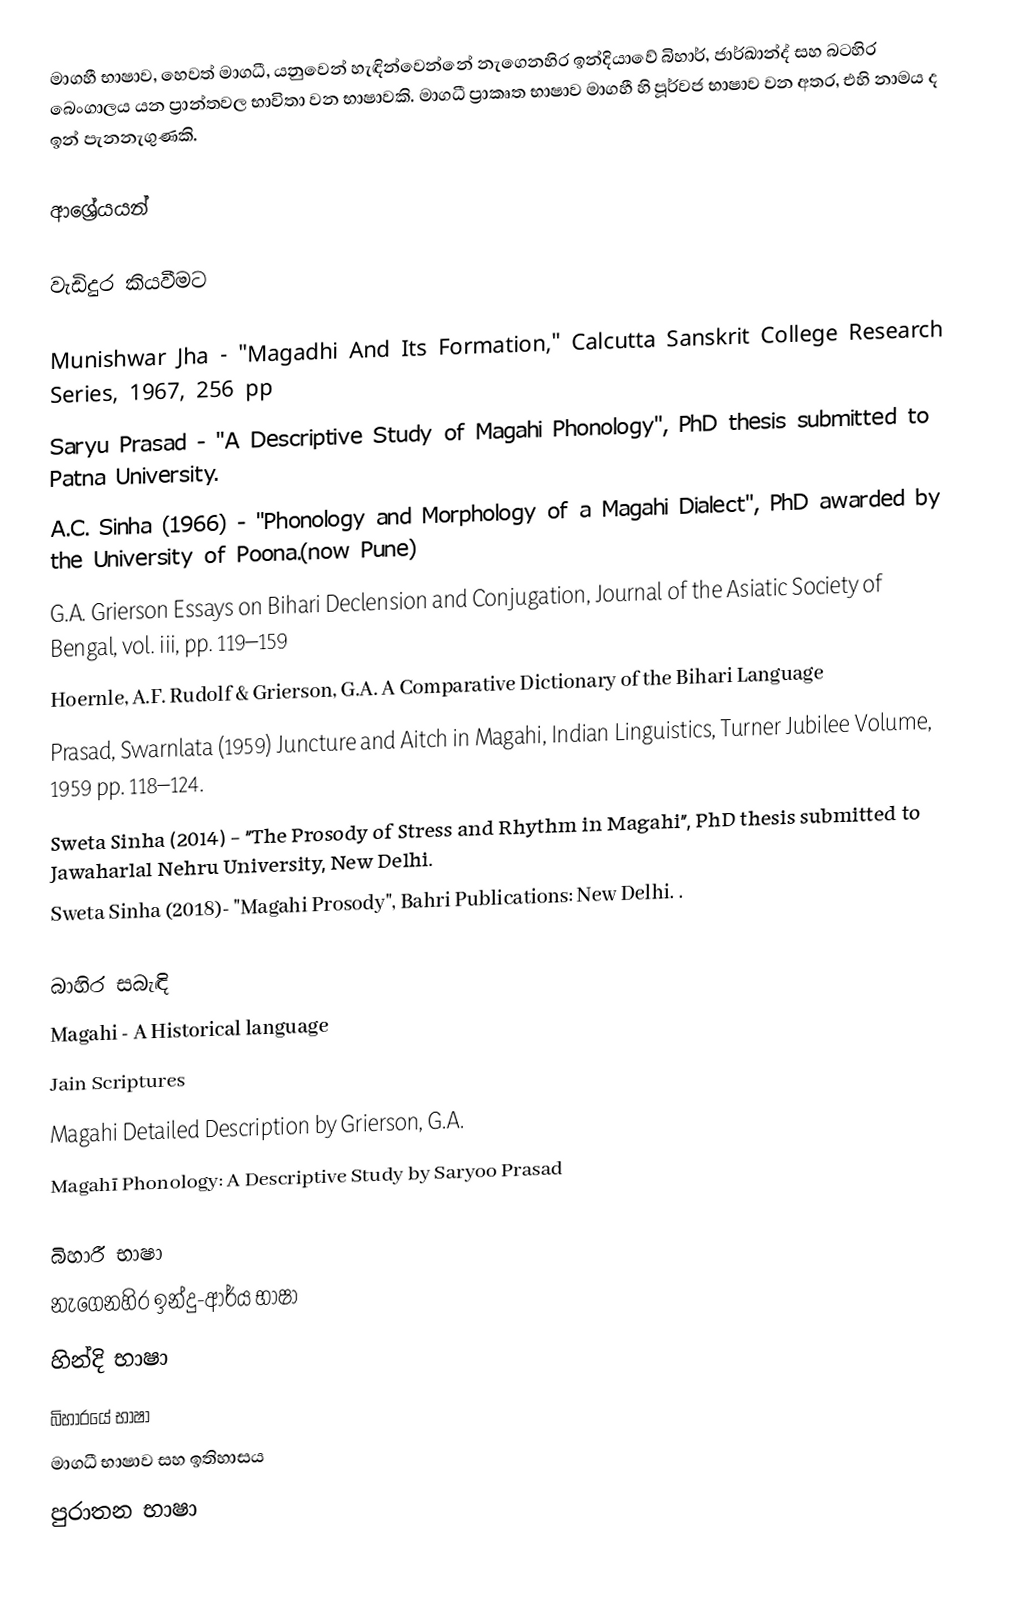
මාගහී භාෂාව, හෙවත් මාගධී, යනුවෙන් හැඳින්වෙන්නේ නැගෙනහිර ඉන්දියාවේ බිහාර්, ජාර්ඛාන්ද් සහ බටහිර බෙංගාලය යන ප්‍රාන්තවල භාවිතා වන භාෂාවකි. මාගධී ප්‍රාකෘත භාෂාව මාගහී හි පූර්වජ භාෂාව වන අතර, එහි නාමය ද ඉන් පැනනැගුණකි.

ආශ්‍රේයයන්

වැඩිදුර කියවීමට

 Munishwar Jha - "Magadhi And Its Formation," Calcutta Sanskrit College Research Series, 1967, 256 pp
 Saryu Prasad - "A Descriptive Study of Magahi Phonology", PhD thesis submitted to Patna University.
 A.C. Sinha (1966) - "Phonology and Morphology of a Magahi Dialect", PhD awarded by the University of Poona.(now Pune)
 G.A. Grierson Essays on Bihari Declension and Conjugation, Journal of the Asiatic Society of Bengal, vol. iii, pp. 119–159
 Hoernle, A.F. Rudolf & Grierson, G.A. A Comparative Dictionary of the Bihari Language
 Prasad, Swarnlata (1959) Juncture and Aitch in Magahi, Indian Linguistics, Turner Jubilee Volume, 1959 pp. 118–124.
 Sweta Sinha (2014) - "The Prosody of Stress and Rhythm in Magahi", PhD thesis submitted to Jawaharlal Nehru University, New Delhi.
 Sweta Sinha (2018)- "Magahi Prosody", Bahri Publications: New Delhi. .

බාහිර සබැඳි
Magahi - A Historical language
Jain Scriptures
Magahi Detailed Description by Grierson, G.A.
Magahī Phonology: A Descriptive Study by Saryoo Prasad

බිහාරී භාෂා
නැගෙනහිර ඉන්දු-ආර්ය භාෂා
හින්දි භාෂා
බිහාරයේ භාෂා
මාගධී භාෂාව සහ ඉතිහාසය
පුරාතන භාෂා